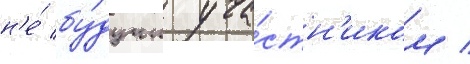
н'е́ бу́дучи уча́стн'иком /